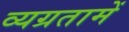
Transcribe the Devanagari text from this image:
व्यग्रतामें